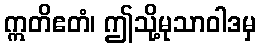
ဣတိဧတံ၊ ဤသို့မုသာဝါဒမှ